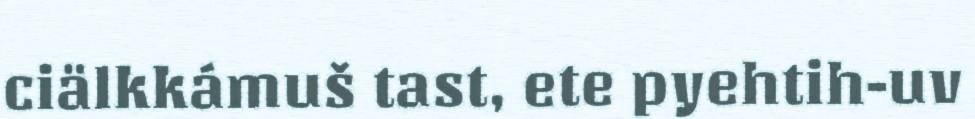
ciälkkámuš tast, ete pyehtih-uv